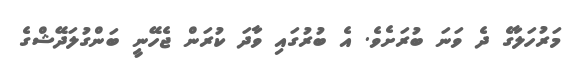
މަރުހަލާގެ ދެ ވަނަ ބުރަށެވެ. އެ ބުރުގައި ވާދަ ކުރަން ޖެހޭނީ ބަންގުލަދޭޝްގެ